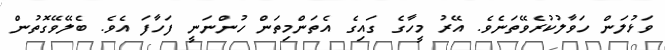
ވަޅުލަން ހަވާލުކުރެވޭތަނެވެ. އޭރު މީހާގެ ގައިގެ އެތަންމިތަން ހުންނަނީ ފަހާފަ އެވެ. ބެލޭވޭގޮތުން